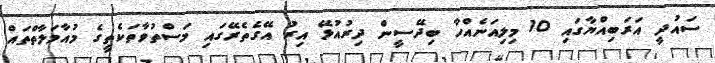
ސައުދީ އަރަބިއްޔާގައި 10 މިލިއަނެއްހާ ބިދޭސީން ދިރުއުޅޭ އިރު އޭގެތެރޭގައި މަސްތުވާތަކެތީގެ މުއާމަލާތްތައް